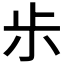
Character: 𰍪